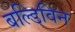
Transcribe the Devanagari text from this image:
बल्डिविन